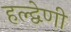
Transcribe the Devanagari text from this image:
हल्द्वेणी